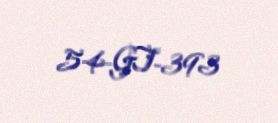
54-GT-393